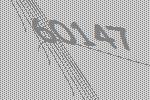
60147